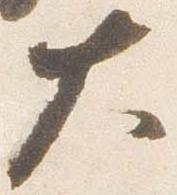
大